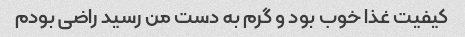
کیفیت غذا خوب بود و گرم به دست من رسید راضی بودم